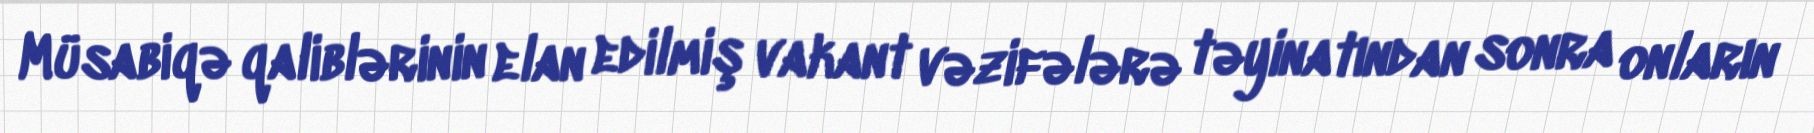
Müsabiqə qaliblərinin elan edilmiş vakant vəzifələrə təyinatından sonra onların